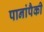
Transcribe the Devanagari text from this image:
पानांपैकी